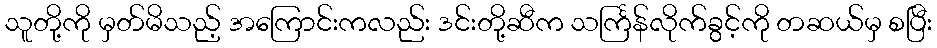
သူတို့ကို မှတ်မိသည့် အကြောင်းကလည်း ဒင်းတို့ဆီက သင်္ကြန်လိုက်ခွင့်ကို တဆယ်မှ စပြီး